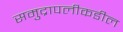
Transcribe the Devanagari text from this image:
समुद्रापलीकडील